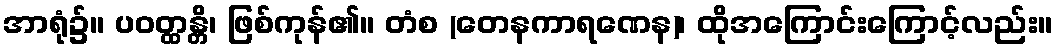
အာရုံ၌။ ပဝတ္ထန္တိ၊ ဖြစ်ကုန်၏။ တံစ (တေနကာရဏေန)၊ ထိုအကြောင်းကြောင့်လည်း။